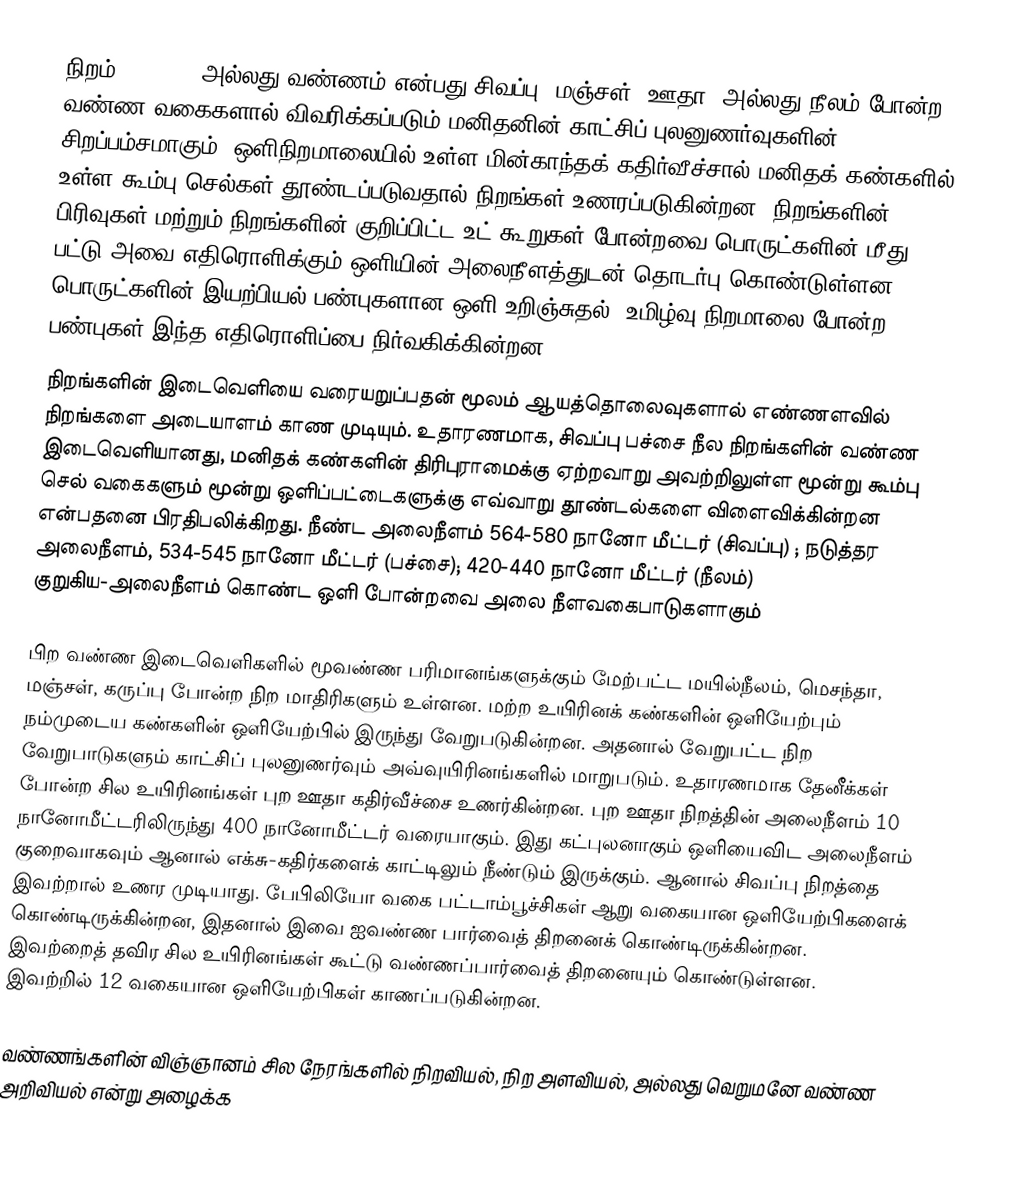
நிறம் (Colour) அல்லது வண்ணம் என்பது  சிவப்பு, மஞ்சள், ஊதா, அல்லது நீலம் போன்ற வண்ண வகைகளால் விவரிக்கப்படும் மனிதனின் காட்சிப் புலனுணர்வுகளின்  சிறப்பம்சமாகும். ஒளிநிறமாலையில் உள்ள மின்காந்தக் கதிர்வீச்சால் மனிதக் கண்களில் உள்ள கூம்பு செல்கள் தூண்டப்படுவதால் நிறங்கள் உணரப்படுகின்றன. நிறங்களின் பிரிவுகள் மற்றும் நிறங்களின் குறிப்பிட்ட உட் கூறுகள் போன்றவை பொருட்களின் மீது பட்டு அவை எதிரொளிக்கும் ஒளியின் அலைநீளத்துடன் தொடர்பு கொண்டுள்ளன. பொருட்களின் இயற்பியல் பண்புகளான ஒளி உறிஞ்சுதல், உமிழ்வு நிறமாலை போன்ற பண்புகள் இந்த எதிரொளிப்பை நிர்வகிக்கின்றன.
நிறங்களின் இடைவெளியை வரையறுப்பதன் மூலம் ஆயத்தொலைவுகளால் எண்ணளவில் நிறங்களை அடையாளம் காண முடியும். உதாரணமாக, சிவப்பு பச்சை நீல நிறங்களின் வண்ண இடைவெளியானது, மனிதக் கண்களின்  திரிபுராமைக்கு ஏற்றவாறு அவற்றிலுள்ள மூன்று கூம்பு செல் வகைகளும் மூன்று ஒளிப்பட்டைகளுக்கு எவ்வாறு தூண்டல்களை விளைவிக்கின்றன என்பதனை பிரதிபலிக்கிறது. நீண்ட அலைநீளம் 564-580 நானோ மீட்டர் (சிவப்பு) ; நடுத்தர அலைநீளம், 534-545 நானோ மீட்டர் (பச்சை);  420-440 நானோ மீட்டர் (நீலம்) குறுகிய-அலைநீளம் கொண்ட ஒளி போன்றவை அலை நீளவகைபாடுகளாகும்

பிற வண்ண இடைவெளிகளில் மூவண்ண பரிமானங்களுக்கும் மேற்பட்ட மயில்நீலம், மெசந்தா, மஞ்சள், கருப்பு போன்ற நிற மாதிரிகளும் உள்ளன. மற்ற உயிரினக் கண்களின் ஒளியேற்பும் நம்முடைய கண்களின் ஒளியேற்பில் இருந்து வேறுபடுகின்றன. அதனால் வேறுபட்ட நிற வேறுபாடுகளும் காட்சிப் புலனுணர்வும் அவ்வுயிரினங்களில் மாறுபடும். உதாரணமாக தேனீக்கள் போன்ற சில உயிரினங்கள் புற ஊதா கதிர்வீச்சை உணர்கின்றன. புற ஊதா நிறத்தின் அலைநீளம் 10 நானோமீட்டரிலிருந்து 400 நானோமீட்டர் வரையாகும். இது கட்புலனாகும் ஒளியைவிட அலைநீளம் குறைவாகவும் ஆனால் எக்சு-கதிர்களைக் காட்டிலும் நீண்டும் இருக்கும். ஆனால் சிவப்பு நிறத்தை இவற்றால் உணர முடியாது. பேபிலியோ வகை பட்டாம்பூச்சிகள் ஆறு வகையான ஒளியேற்பிகளைக்  கொண்டிருக்கின்றன, இதனால் இவை ஐவண்ண பார்வைத் திறனைக் கொண்டிருக்கின்றன. இவற்றைத் தவிர சில உயிரினங்கள் கூட்டு வண்ணப்பார்வைத் திறனையும் கொண்டுள்ளன. இவற்றில் 12 வகையான ஒளியேற்பிகள் காணப்படுகின்றன.

வண்ணங்களின் விஞ்ஞானம் சில நேரங்களில் நிறவியல், நிற அளவியல், அல்லது வெறுமனே வண்ண அறிவியல் என்று அழைக்க